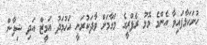
ހުށަހަޅާފައިވާ އެންމެ މޮޅު ރެފްރީގެ މަގާމަށް ވާދަކުރަނީ އަހުމަދު އަމީޒް އަދި ޝިފާން